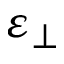
\varepsilon _ { \perp }